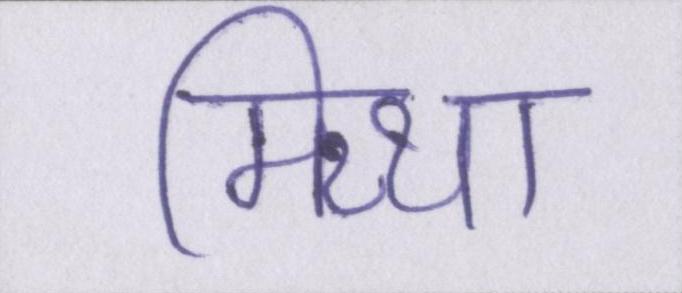
मिथ्या